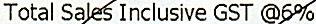
TOTAL SALES INCLUSIVE GST @6%